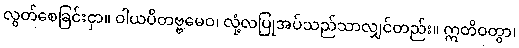
လွတ်စေခြင်းငှာ။ ဝါယပိတဗ္ဗမေဝ၊ လုံ့လပြုအပ်သည်သာလျှင်တည်း။ ဣတိဝတွာ၊